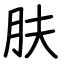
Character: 肤